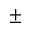
\pm